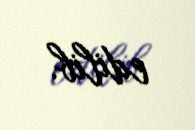
edilib.